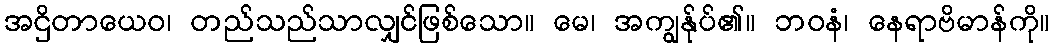
အဌိတာယေဝ၊ တည်သည်သာလျှင်ဖြစ်သော။ မေ၊ အကျွန်ုပ်၏။ ဘဝနံ၊ နေရာဗိမာန်ကို။